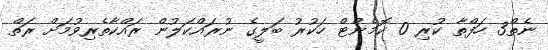
ނެތް3 ހަފްތާ ކުރި 0 ކޮމެންޓް ހަކުރު ބަލީގެ ނުރައްކަލުން ރައްކާތެރިވުމަށް ރަތް